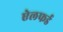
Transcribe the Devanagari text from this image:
ऐलफर्ड